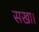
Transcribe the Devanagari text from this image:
सखा।